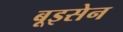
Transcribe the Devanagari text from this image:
बूइसेन